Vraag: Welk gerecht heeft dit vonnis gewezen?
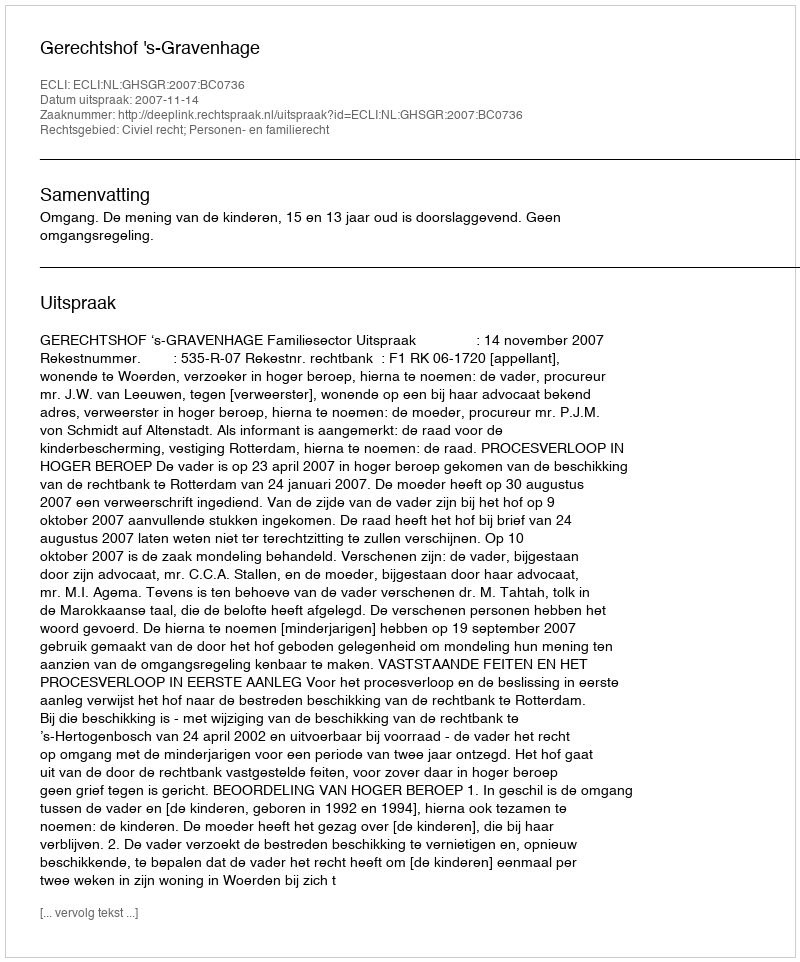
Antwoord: Gerechtshof 's-Gravenhage